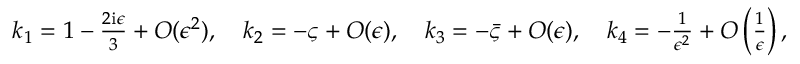
\begin{array} { r } { k _ { 1 } = 1 - \frac { 2 \mathrm { i } \epsilon } { 3 } + O ( \epsilon ^ { 2 } ) , \quad k _ { 2 } = - \varsigma + O ( \epsilon ) , \quad k _ { 3 } = - \bar { \varsigma } + O ( \epsilon ) , \quad k _ { 4 } = - \frac { 1 } { \epsilon ^ { 2 } } + O \left( \frac { 1 } { \epsilon } \right) , } \end{array}